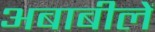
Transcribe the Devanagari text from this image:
अबाबीलें